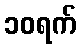
၁၀ရက်